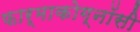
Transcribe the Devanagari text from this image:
फार्माकोग्नॉसी